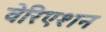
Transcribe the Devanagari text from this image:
वेरिएशन